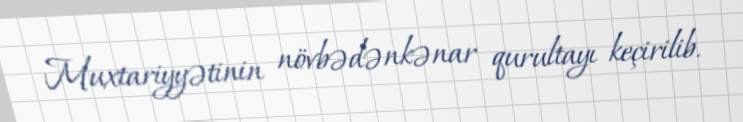
Muxtariyyətinin növbədənkənar qurultayı keçirilib.